Annual report of the Bengal Veterinary College and of the Civil Veterinary Department, Bengal, for the year 1915-16 - 1915-1916
Year: 1915
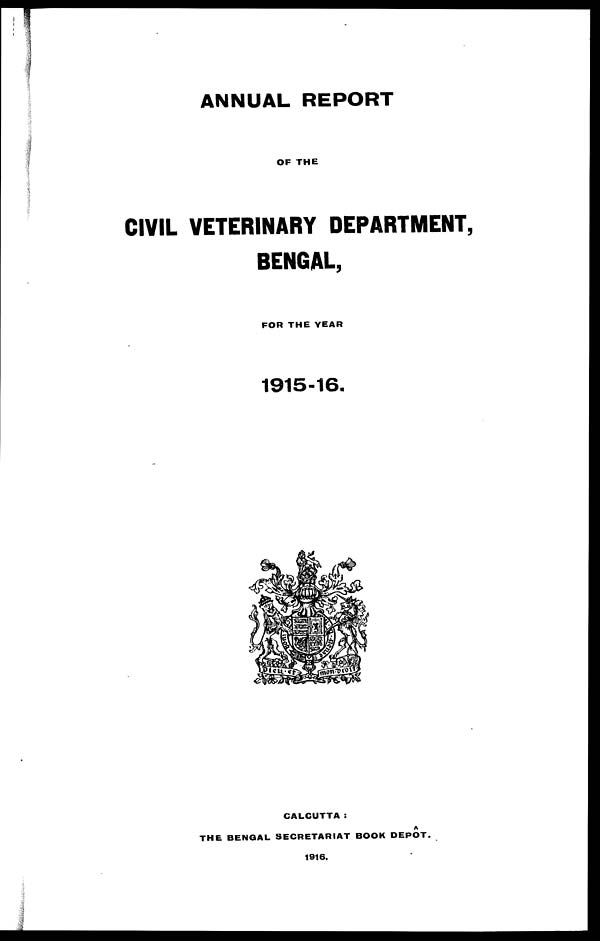
ANNUAL REPORT
OF THE
CIVIL VETERINARY DEPARTMENT,
BENGAL,
FOR THE YEAR
1915-16.
CALCUTTA:
THE BENGAL SECRETARIAT BOOK DEPÔT.
1916.